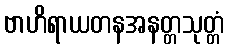
ဗာဟိရာယတနအနတ္တသုတ္တံ